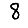
Digit: 8